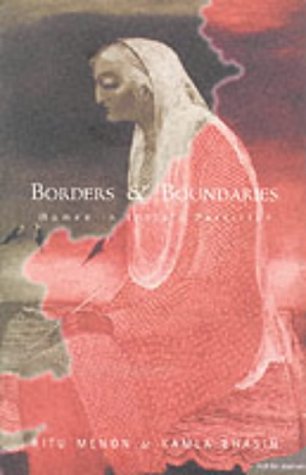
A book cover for Borders and Boundaries: Women in India's Partition; Ritu Bhasin; History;